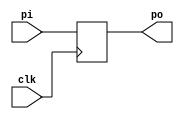
module pipo_des(clk, pi, po);

input [3:0] pi;
input clk;

output reg [3:0] po;

always @(posedge clk)
begin
	po<=pi;
end
endmodule